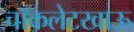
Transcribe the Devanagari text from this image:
चॉकलेटखाऊ